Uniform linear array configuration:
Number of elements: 12
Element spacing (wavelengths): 0.5
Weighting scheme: exponential
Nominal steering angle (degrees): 30
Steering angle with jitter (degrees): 31.613
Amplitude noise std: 0.05
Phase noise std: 0.05

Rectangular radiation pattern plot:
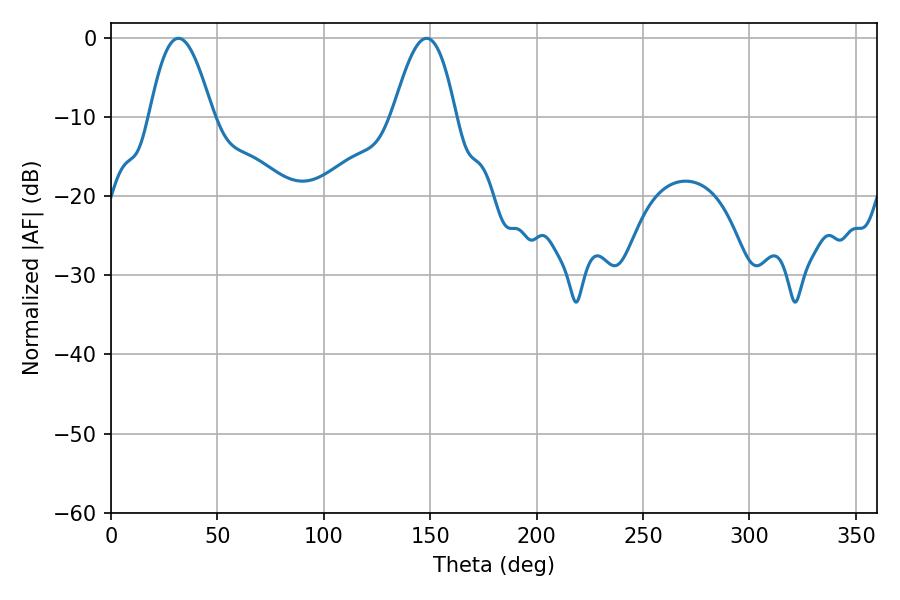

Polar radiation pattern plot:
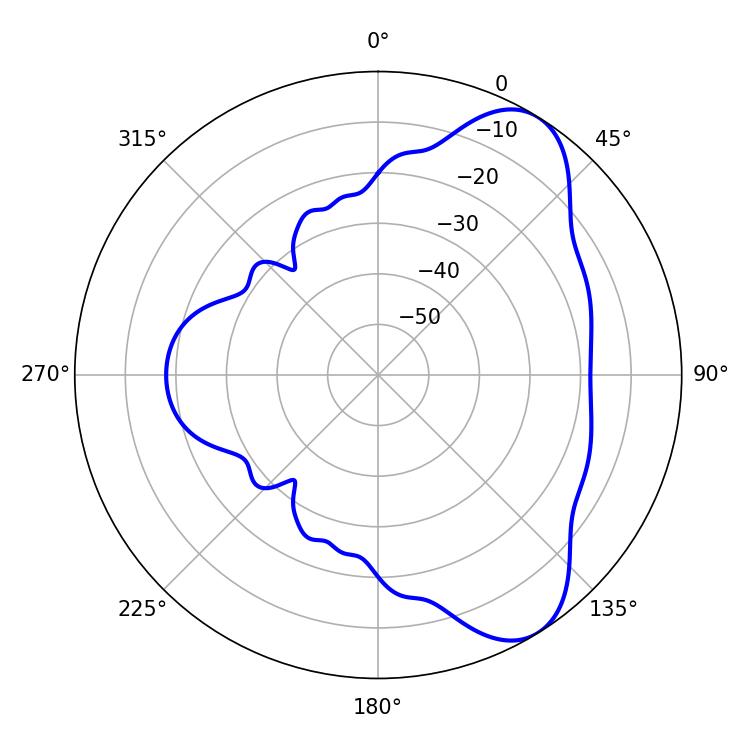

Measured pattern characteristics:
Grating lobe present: FALSE
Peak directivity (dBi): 7.511
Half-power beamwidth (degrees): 16.02
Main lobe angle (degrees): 31.68